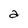
Character: a